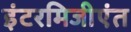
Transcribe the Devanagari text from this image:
इंटरमिजीएंत